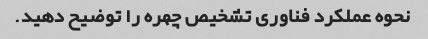
نحوه عملکرد فناوری تشخیص چهره را توضیح دهید.